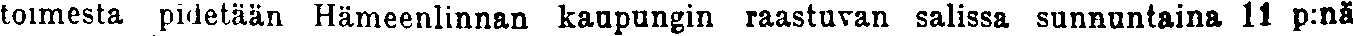
toimesta pidetään Hämeenlinnan kaupungin raastuvan salissa sunnuntaina 11 p:nä